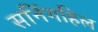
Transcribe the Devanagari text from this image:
सनिंगहिल